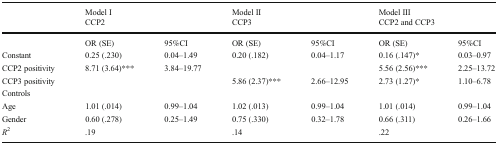
<table><thead><tr><td></td><td colspan="2"><b>Model ICCP2</b></td><td colspan="2"><b>Model IICCP3</b></td><td colspan="2"><b>Model IIICCP2 and CCP3</b></td></tr></thead><tbody><tr><td></td><td>OR (SE)</td><td>95%CI</td><td>OR (SE)</td><td>95%CI</td><td>OR (SE)</td><td>95%CI</td></tr><tr><td>Constant</td><td>0.25 (.230)</td><td>0.04–1.49</td><td>0.20 (.182)</td><td>0.04–1.17</td><td>0.16 (.147)*</td><td>0.03–0.97</td></tr><tr><td>CCP2 positivity</td><td>8.71 (3.64)***</td><td>3.84–19.77</td><td></td><td></td><td>5.56 (2.56)***</td><td>2.25–13.72</td></tr><tr><td>CCP3 positivity</td><td></td><td></td><td>5.86 (2.37)***</td><td>2.66–12.95</td><td>2.73 (1.27)*</td><td>1.10–6.78</td></tr><tr><td>Controls</td><td></td><td></td><td></td><td></td><td></td><td></td></tr><tr><td>Age</td><td>1.01 (.014)</td><td>0.99–1.04</td><td>1.02 (.013)</td><td>0.99–1.04</td><td>1.01 (.014)</td><td>0.99–1.04</td></tr><tr><td>Gender</td><td>0.60 (.278)</td><td>0.25–1.49</td><td>0.75 (.330)</td><td>0.32–1.78</td><td>0.66 (.311)</td><td>0.26–1.66</td></tr><tr><td><i>R</i><sup>2</sup></td><td colspan="2">.19</td><td colspan="2">.14</td><td colspan="2">.22</td></tr></tbody></table>